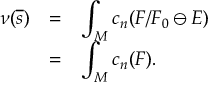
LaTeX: \begin{array} { l l l } { { \nu ( \overline { { { s } } } ) } } & { { = } } & { { \displaystyle \int _ { M } c _ { n } ( F / F _ { 0 } \ominus E ) } } \\ { { } } & { { = } } & { { \displaystyle \int _ { M } c _ { n } ( F ) . } } \end{array}